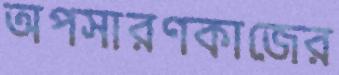
অপসারণকাজের